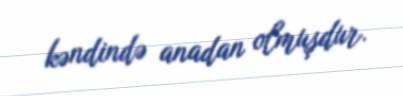
kəndində anadan olmuşdur.